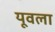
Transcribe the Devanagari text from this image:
यूवला